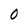
Character: 0